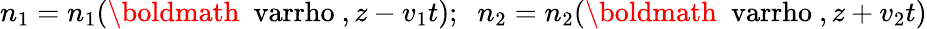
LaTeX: n_{1}=n_{1}({\mathrm{\boldmath~\ varrho~}},z-v_{1}t);\; \; n_{2}=n_{2}({\mathrm{\boldmath~\ varrho~}},z+v_{2}t)